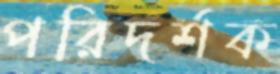
পরিদর্শক